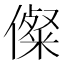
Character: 儏